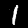
Digit: 1